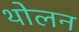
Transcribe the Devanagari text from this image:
थोलन